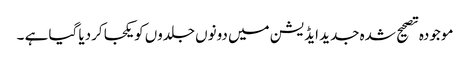
موجودہ تصحیح شدہ جدید ایڈیشن میں دونوں جلدوں کویکجا کردیا گیا ہے ۔